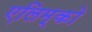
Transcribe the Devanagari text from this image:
एलिम्को